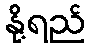
နို့ရည်